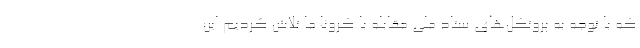
که با توجه به پروتکل‌های ستاد ملی مقابله با کرونا ما تلاش کردیم این